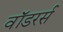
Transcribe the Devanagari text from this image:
वॉडरर्स